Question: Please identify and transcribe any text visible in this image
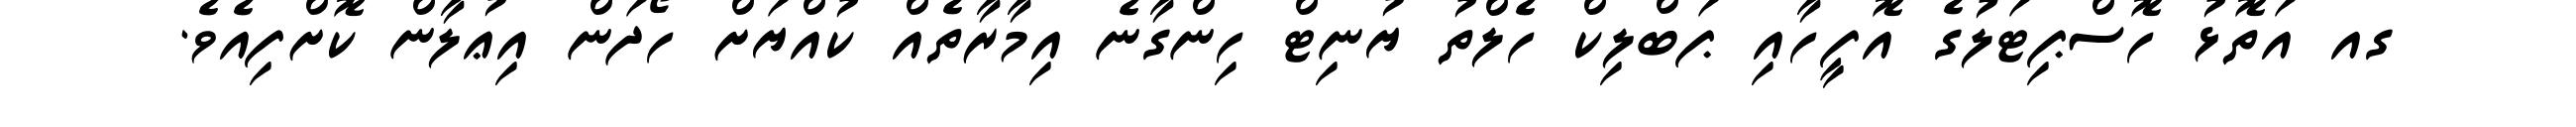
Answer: ގއ އަތޮޅު ހޮސްޕިޓަލުގެ އޮފީހާއި ޕަބްލިކް ހެލްތު ޔުނިޓް ހިންގާނެ އިމާރާތެއް ކުއްޔަށް ހޯދަން އިޢުލާން ކޮށްފިއެވެ.